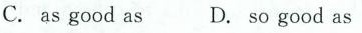
C. as good as D. so good as